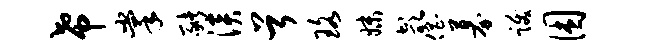
希掌猪淡首珞妹欹倡募跋困